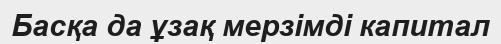
Басқа да ұзақ мерзімді капитал